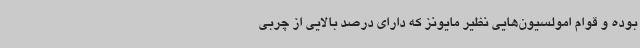
بوده و قوام امولسیون‌هایی نظیر مایونز که دارای درصد بالایی از چربی